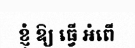
ខ្ញុំ ឱ្យ ធ្វើ អំពើ